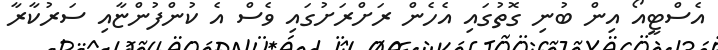
އެސްޓީއޯ އިން ބުނި ގޮތުގައި އެހެން ރަށްރަށުގައި ވެސް އެ ކުންފުންޏާއި ސަރުކާރާ